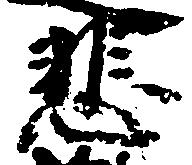
悲